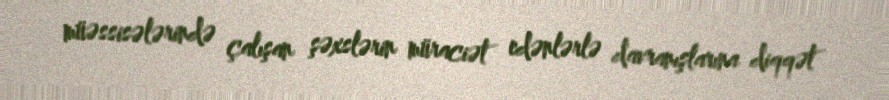
müəssisələrində çalışan şəxslərin müraciət edənlərlə davranışlarına diqqət